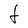
Character: t